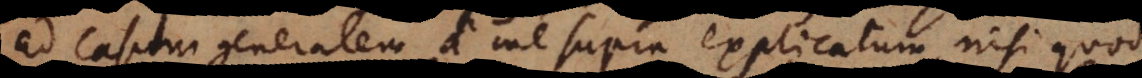
ad casum generalem a me supra explicatum, nisi quod